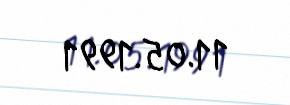
11.05.1991